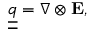
{ \underline { { \underline { { q } } } } } = \nabla \otimes \mathbf { E } ,